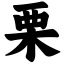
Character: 栗